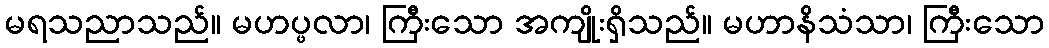
မရသညာသည်။ မဟပ္ဖလာ၊ ကြီးသော အကျိုးရှိသည်။ မဟာနိသံသာ၊ ကြီးသော